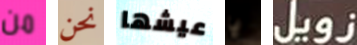
من نحن عيشها يا زويل